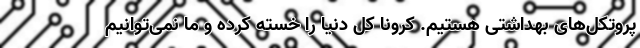
پروتکل‌های بهداشتی هستیم. کرونا کل دنیا را خسته کرده و ما نمی‌توانیم